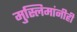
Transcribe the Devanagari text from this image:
मुस्लिमांनीही